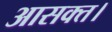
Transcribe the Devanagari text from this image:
आसक्त।